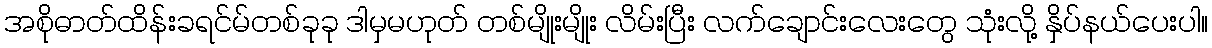
အစိုဓာတ်ထိန်းခရင်မ်တစ်ခုခု ဒါမှမဟုတ် တစ်မျိုးမျိုး လိမ်းပြီး လက်ချောင်းလေးတွေ သုံးလို့ နှိပ်နယ်ပေးပါ။